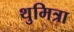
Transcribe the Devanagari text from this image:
थुमित्रा